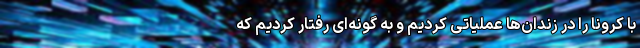
با کرونا را در زندان‌ها عملیاتی کردیم و به گونه‌ای رفتار کردیم که